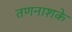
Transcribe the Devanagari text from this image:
तणनाशके